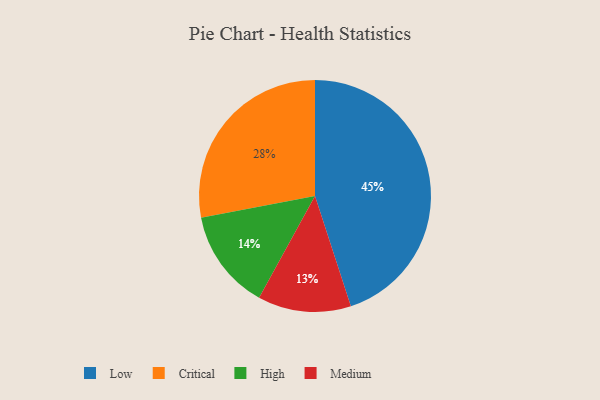
{"axis": {"x": "Category", "y": "Percentage"}, "legend": ["Critical", "High", "Low", "Medium"], "data": [{"x": "Medium", "y": 13, "type": "Medium"}, {"x": "Low", "y": 45, "type": "Low"}, {"x": "Critical", "y": 28, "type": "Critical"}, {"x": "High", "y": 14, "type": "High"}]}